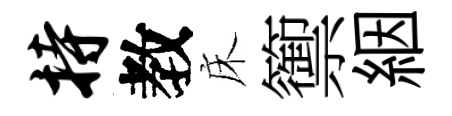
持教床籞絪